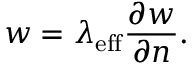
w = \lambda _ { \mathrm { e f f } } \frac { \partial w } { \partial \boldsymbol { n } } .